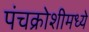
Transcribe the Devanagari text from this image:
पंचक्रोशीमध्ये